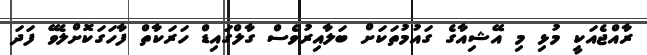
ރާއްޖެއަކީ މުޅި މި އޭޝިއާގެ ގައުމުތަކަށް ބަލާއިރުވެސް ގާލްގައިޑް ހަރަކާތް ފާހަގަކޮށްލެވޭ ފަދަ